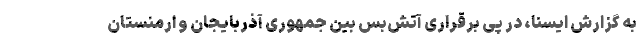
به گزارش ایسنا، در پی برقراری آتش‌بس بین جمهوری آذربایجان و ارمنستان